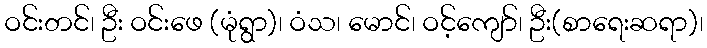
ဝင်းတင်၊ ဦး ဝင်းဖေ (မုံရွာ)၊ ဝံသ၊ မောင်၊ ဝင့်ကျော်၊ ဦး(စာရေးဆရာ)၊